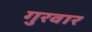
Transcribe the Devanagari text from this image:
गुरवार